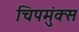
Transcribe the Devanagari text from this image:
चिपमुंक्स